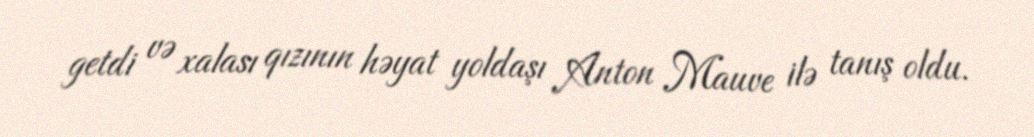
getdi və xalası qızının həyat yoldaşı Anton Mauve ilə tanış oldu.